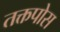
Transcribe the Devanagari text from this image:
तक्तपोस